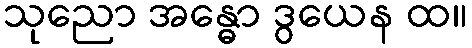
သုညော အန္ဓော ဒွယေန ထ။